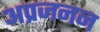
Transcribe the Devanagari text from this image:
अप्रजनन